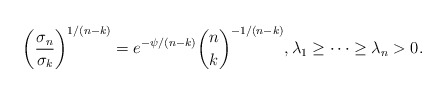
\begin{align*} \left( \frac{\sigma_n}{\sigma_k} \right)^{1/(n-k)} = e^{-\psi/(n-k)} \binom{n}{k}^{-1/(n-k)}, \lambda_1 \ge \cdots \ge \lambda_n >0.\end{align*}